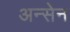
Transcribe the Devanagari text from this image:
अन्सेन